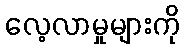
လေ့လာမှုများကို